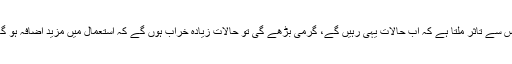
اس سے تاثر ملتا ہے کہ اب حالات یہی رہیں گے، گرمی بڑھے گی تو حالات زیادہ خراب ہوں گے کہ استعمال میں مزید اضافہ ہو گا۔